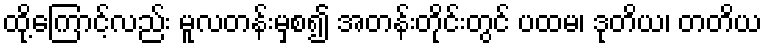
ထို့ကြောင့်လည်း မူလတန်းမှစ၍ အတန်းတိုင်းတွင် ပထမ၊ ဒုတိယ၊ တတိယ